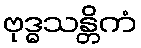
ဗုဒ္ဓသန္တိကံ